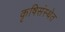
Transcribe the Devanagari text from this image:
कृषिसंस्थेत